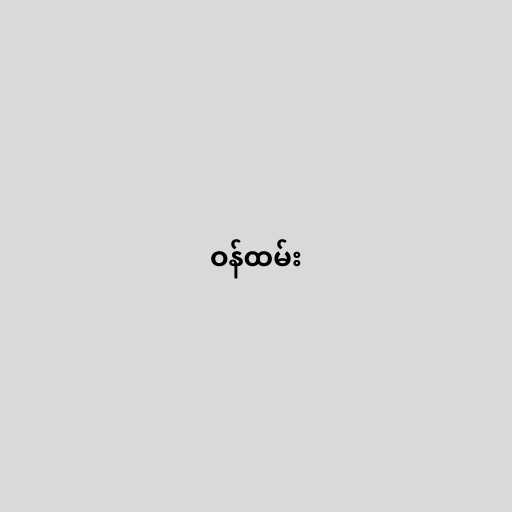
ဝန်ထမ်း